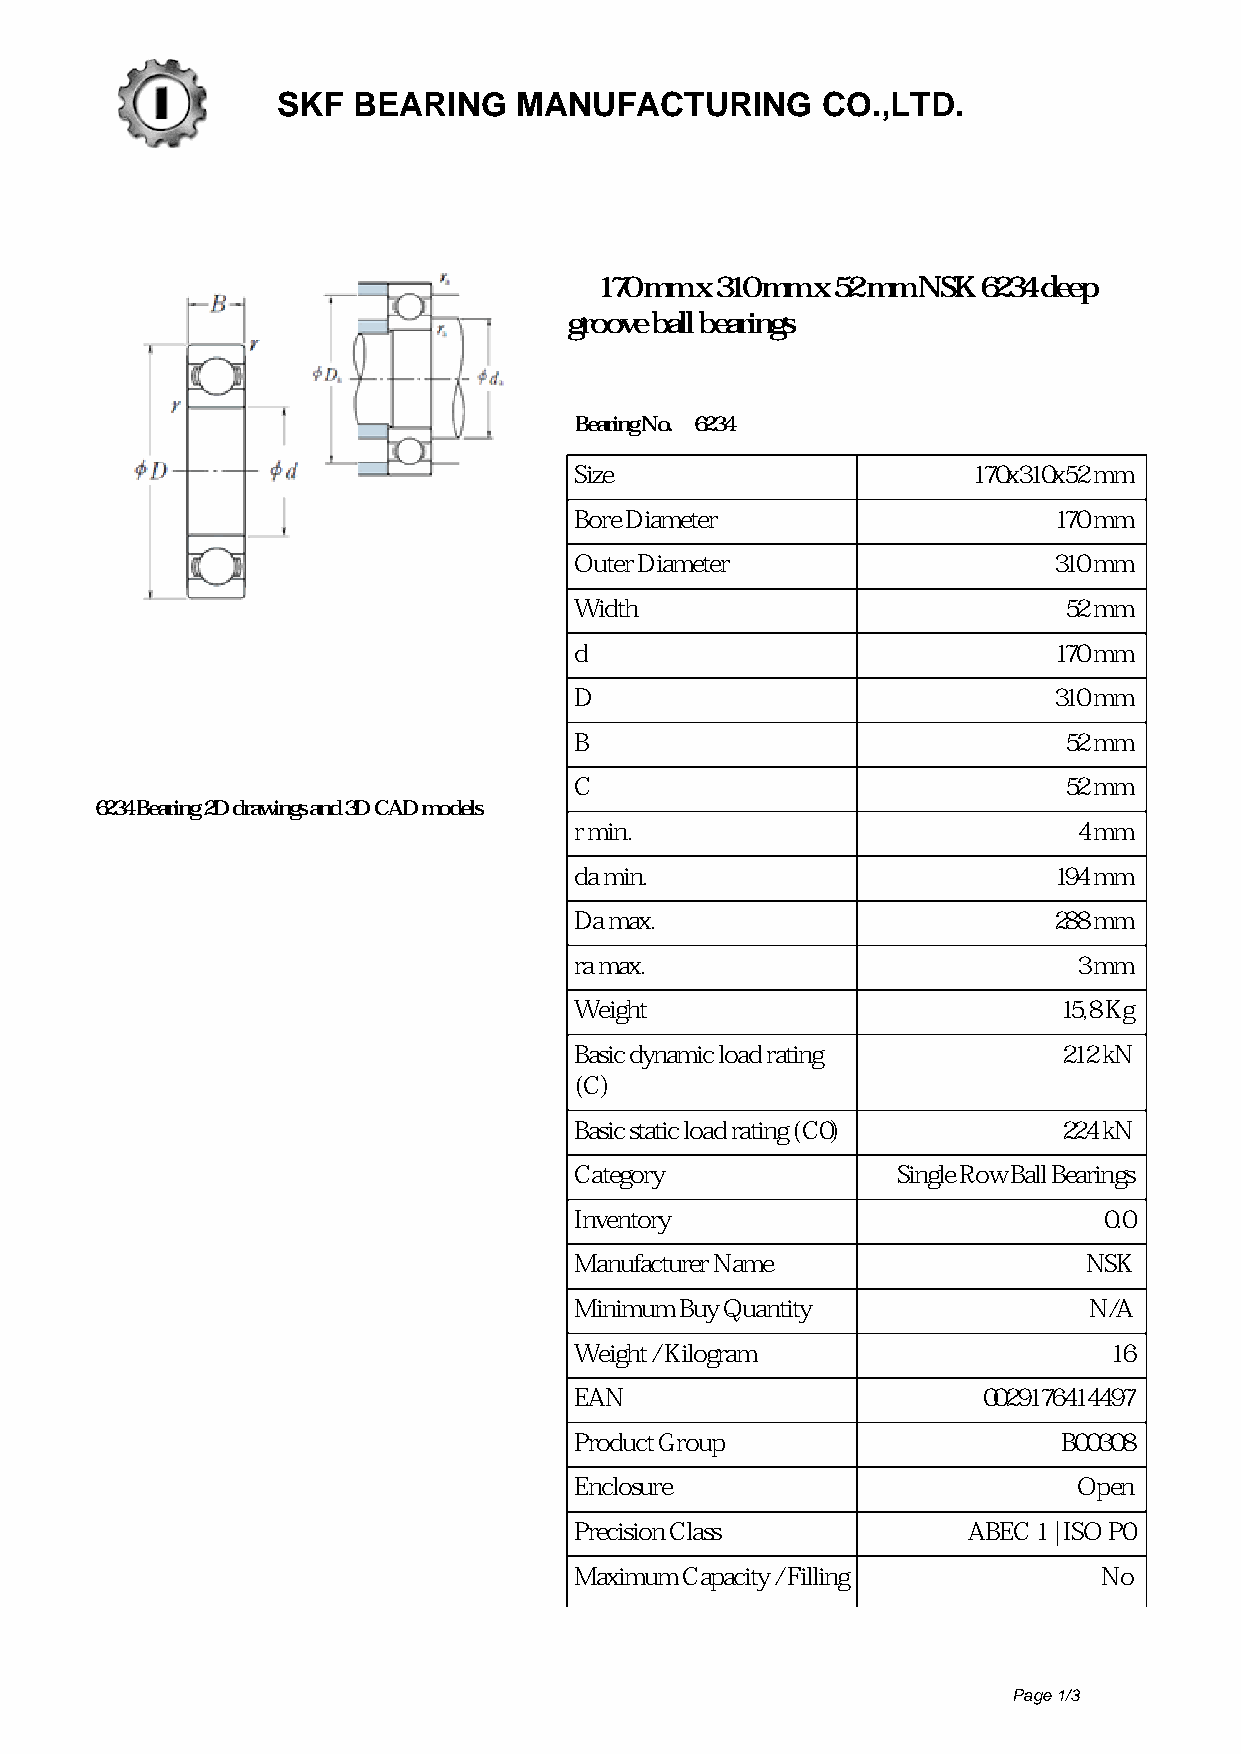
SKF  BEARING    MANUFACTURING       CO.,LTD.
 170 mm x 310 mm x 52 mm NSK 6234 deep
 groove ball bearings
 Bearing No. 6234
 Size                      170x310x52 mm
 Bore Diameter                   170 mm
 Outer Diameter                  310 mm
 Width                           52 mm
 d                               170 mm
 D                               310 mm
 B                               52 mm
 C                               52 mm
 6234 Bearing 2D drawings and 3D CAD models
 r min.                           4 mm
 da min.                         194 mm
 Da max.                         288 mm
 ra max.                          3 mm
 Weight                          15,8 Kg
 Basic dynamic load rating       212 kN
 (C)
 Basic static load rating (C0)   224 kN
 Category             Single Row Ball Bearings
 Inventory                          0.0
 Manufacturer Name                 NSK
 Minimum Buy Quantity              N/A
 Weight / Kilogram                  16
 EAN                        0029176414497
 Product Group                   B00308
 Enclosure                        Open
 Precision Class           ABEC 1 | ISO P0
 Maximum Capacity / Filling         No
 Page 1/3